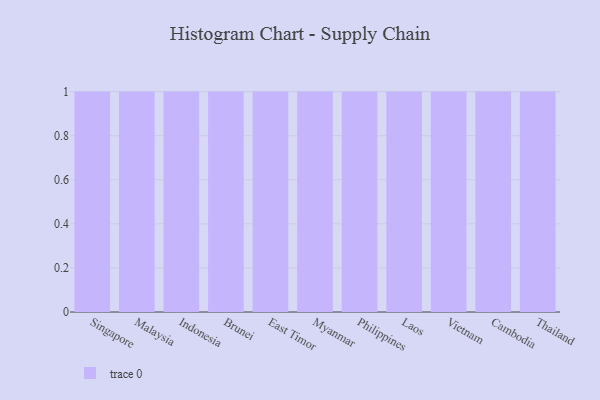
{"axis": {"x": "Country", "y": "Active Users"}, "legend": [""], "data": [{"x": "Singapore", "y": 40, "type": ""}, {"x": "Malaysia", "y": 58, "type": ""}, {"x": "Indonesia", "y": 76, "type": ""}, {"x": "Brunei", "y": 69, "type": ""}, {"x": "East Timor", "y": 62, "type": ""}, {"x": "Myanmar", "y": 90, "type": ""}, {"x": "Philippines", "y": 69, "type": ""}, {"x": "Laos", "y": 75, "type": ""}, {"x": "Vietnam", "y": 38, "type": ""}, {"x": "Cambodia", "y": 49, "type": ""}, {"x": "Thailand", "y": 7, "type": ""}]}